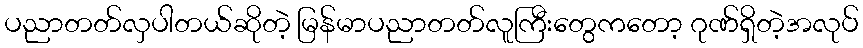
ပညာတတ်လှပါတယ်ဆိုတဲ့ မြန်မာပညာတတ်လူကြီးတွေကတော့ ဂုဏ်ရှိတဲ့အလုပ်